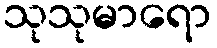
သုသုမာရော